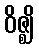
ဝိဇ္ဈိ